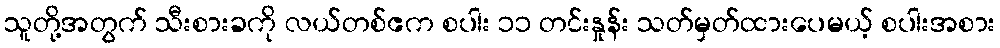
သူတို့အတွက် သီးစားခကို လယ်တစ်ဧက စပါး ၁၁ တင်းနှုန်း သတ်မှတ်ထားပေမယ့် စပါးအစား